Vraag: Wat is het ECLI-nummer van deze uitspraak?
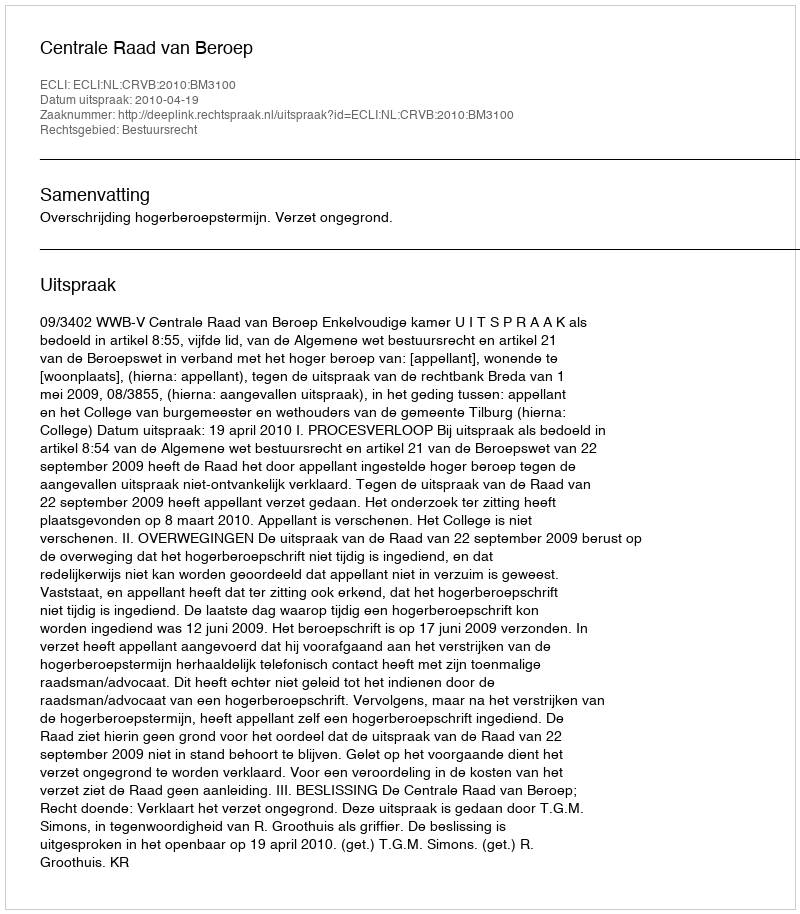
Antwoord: ECLI:NL:CRVB:2010:BM3100